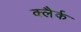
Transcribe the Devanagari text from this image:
क्लैर्क